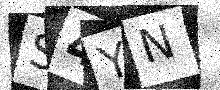
Text: S4YN